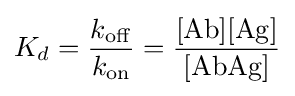
K_{d}={\frac {k_{{\ce {off}}}}{k_{{\ce {on}}}}}={\frac {{\ce {[Ab][Ag]}}}{{\ce {[AbAg]}}}}